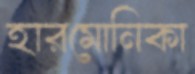
হারমোনিকা